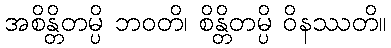
အစိန္တိတမ္ပိ ဘဝတိ၊ စိန္တိတမ္ပိ ဝိနဿတိ။